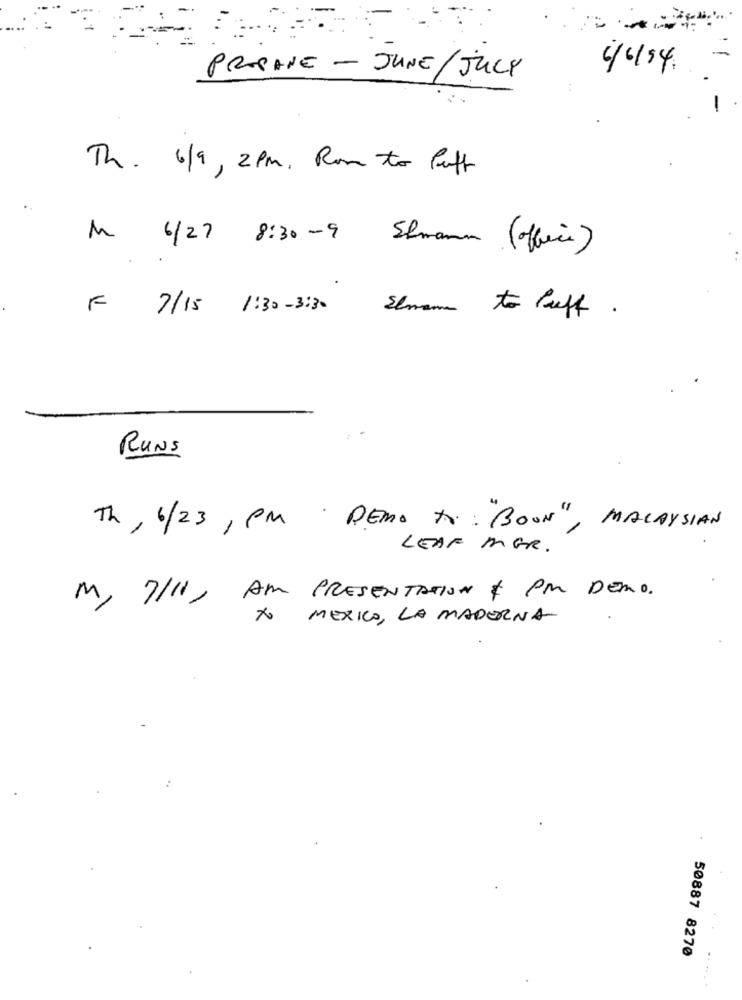
PROPANE - JUNE/JULY
6/6/54
Th. 6/9 , 2pm. Rom to luft
M 6/27 8:30-9 Stmann (office)
F
7/15 1:30- 3:30
£
Elmann to luft .
RUNS
Th,6/23,PM
DEMO T .: BOON", MALAYSIAN
LEAF MER.
M, 7/11, AM PRESENTATION & PM DEMO.
XO MEXICO, LA MADERNA
50887 8270